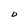
Character: O